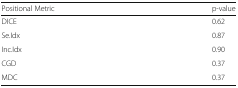
<table><thead><tr><td><b>Positional Metric</b></td><td><b>p-value</b></td></tr></thead><tbody><tr><td>DICE</td><td>0.62</td></tr><tr><td>Se.Idx</td><td>0.87</td></tr><tr><td>Inc.Idx</td><td>0.90</td></tr><tr><td>CGD</td><td>0.37</td></tr><tr><td>MDC</td><td>0.37</td></tr></tbody></table>